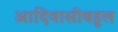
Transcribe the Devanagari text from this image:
आदिवासीबहूल